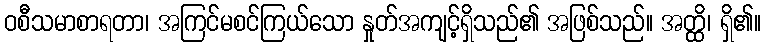
ဝစီသမာစာရတာ၊ အကြင်မစင်ကြယ်သော နှုတ်အကျင့်ရှိသည်၏ အဖြစ်သည်။ အတ္ထိ၊ ရှိ၏။